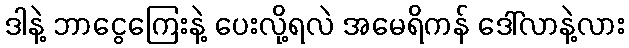
ဒါနဲ့ ဘာငွေကြေးနဲ့ ပေးလို့ရလဲ အမေရိကန် ဒေါ်လာနဲ့လား